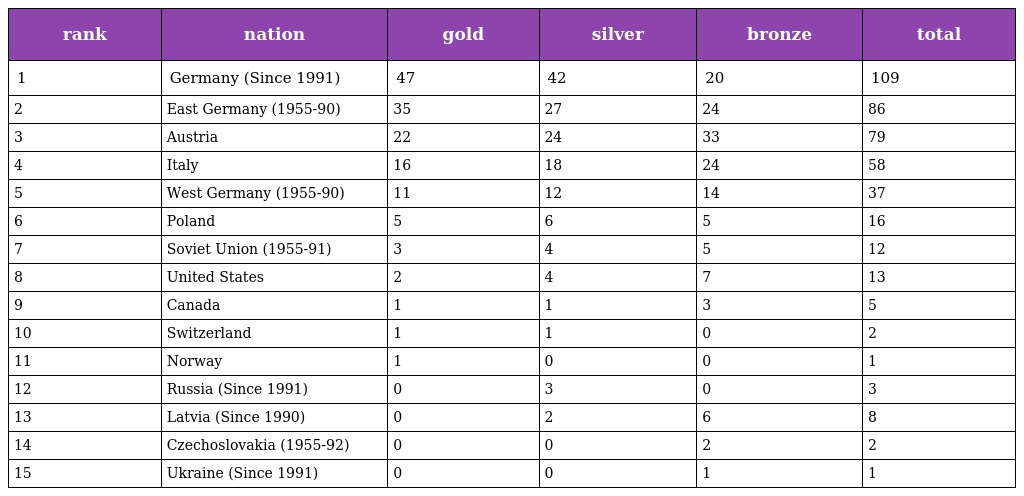
| rank | nation | gold | silver | bronze | total |
 | --- | --- | --- | --- | --- | --- |
 | 1 | Germany (Since 1991) | 47 | 42 | 20 | 109 |
 | 2 | East Germany (1955-90) | 35 | 27 | 24 | 86 |
 | 3 | Austria | 22 | 24 | 33 | 79 |
 | 4 | Italy | 16 | 18 | 24 | 58 |
 | 5 | West Germany (1955-90) | 11 | 12 | 14 | 37 |
 | 6 | Poland | 5 | 6 | 5 | 16 |
 | 7 | Soviet Union (1955-91) | 3 | 4 | 5 | 12 |
 | 8 | United States | 2 | 4 | 7 | 13 |
 | 9 | Canada | 1 | 1 | 3 | 5 |
 | 10 | Switzerland | 1 | 1 | 0 | 2 |
 | 11 | Norway | 1 | 0 | 0 | 1 |
 | 12 | Russia (Since 1991) | 0 | 3 | 0 | 3 |
 | 13 | Latvia (Since 1990) | 0 | 2 | 6 | 8 |
 | 14 | Czechoslovakia (1955-92) | 0 | 0 | 2 | 2 |
 | 15 | Ukraine (Since 1991) | 0 | 0 | 1 | 1 |